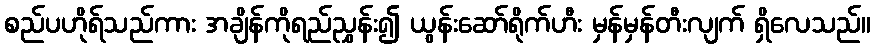
စည်ပဟိုရ်သည်ကား အချိန်ကိုရည်ညွှန်း၍ ယွန်းဆော်ရိုက်ဟီး မှန်မှန်တီးလျက် ရှိလေသည်။